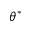
\theta ^ { * }